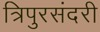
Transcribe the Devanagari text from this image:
त्रिपुरसंदरी